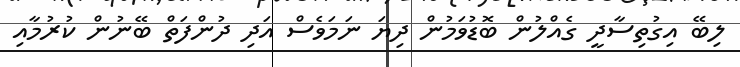
ލިބޭ އިގުތިސާދީ ގެއްލުން ބޮޑުވަމުން ދިޔަ ނަމަވެސް އަދި ދުންފަތް ބޭނުން ކުރުމާއި